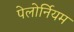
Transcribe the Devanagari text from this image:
पेलोर्नियम